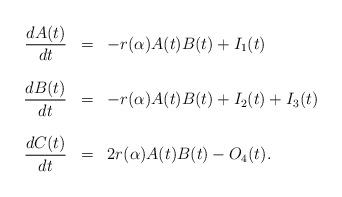
LaTeX: \begin{align*}\begin{array}{rcl} \displaystyle{\frac{dA(t)}{dt}} &=& - r(\alpha) A(t) B(t) + I_1(t)\\ \\\displaystyle{\frac{dB(t)}{dt}} &=& - r(\alpha) A(t) B(t) + I_2(t) + I_3(t) \\ \\\displaystyle{\frac{dC(t)}{dt}} &=& 2r(\alpha) A(t) B(t) - O_4(t).\end{array}\end{align*}